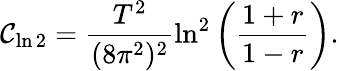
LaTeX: \mathcal{C}_{\ln2}=\frac{{T^{2}}}{{(8\pi^{2})^{2}}}\ln^{2}\left(\frac{{1+r}}{{1-r}}\right).